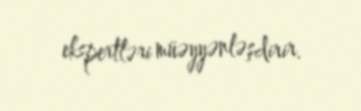
ekspertləri müəyyənləşdirir.